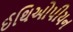
ઈથિઓપીયન